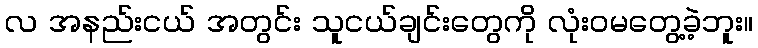
လ အနည်းငယ် အတွင်း သူငယ်ချင်းတွေကို လုံးဝမတွေ့ခဲ့ဘူး။